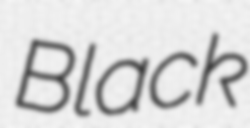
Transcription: Black